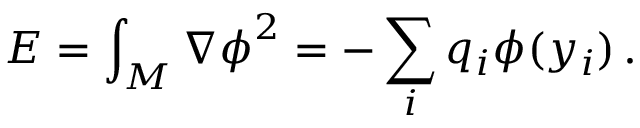
E = \int _ { { \cal M } } { \nabla \phi } ^ { 2 } = - \sum _ { i } q _ { i } \phi ( y _ { i } ) \, .